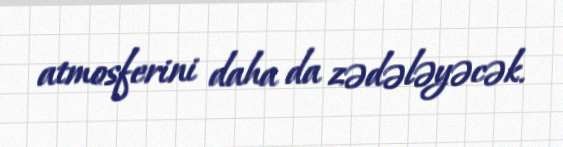
atmosferini daha da zədələyəcək.